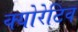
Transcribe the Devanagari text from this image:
क्योरेटिव